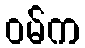
ဝမ်က